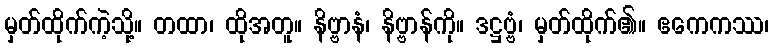
မှတ်ထိုက်ကဲ့သို့။ တထာ၊ ထိုအတူ။ နိဗ္ဗာနံ၊ နိဗ္ဗာန်ကို။ ဒဋ္ဌဗ္ဗံ၊ မှတ်ထိုက်၏။ ဧကေကဿ၊